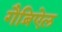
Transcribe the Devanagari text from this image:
गैब्रिऐल